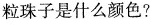
粒珠子是什么颜色?